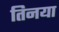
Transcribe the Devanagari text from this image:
तिनया